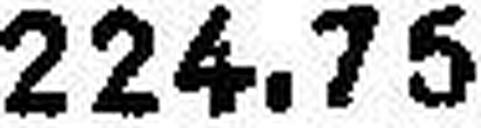
224.75